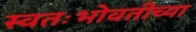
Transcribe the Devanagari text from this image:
स्वतःभोवतीच्या